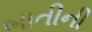
બાતીની